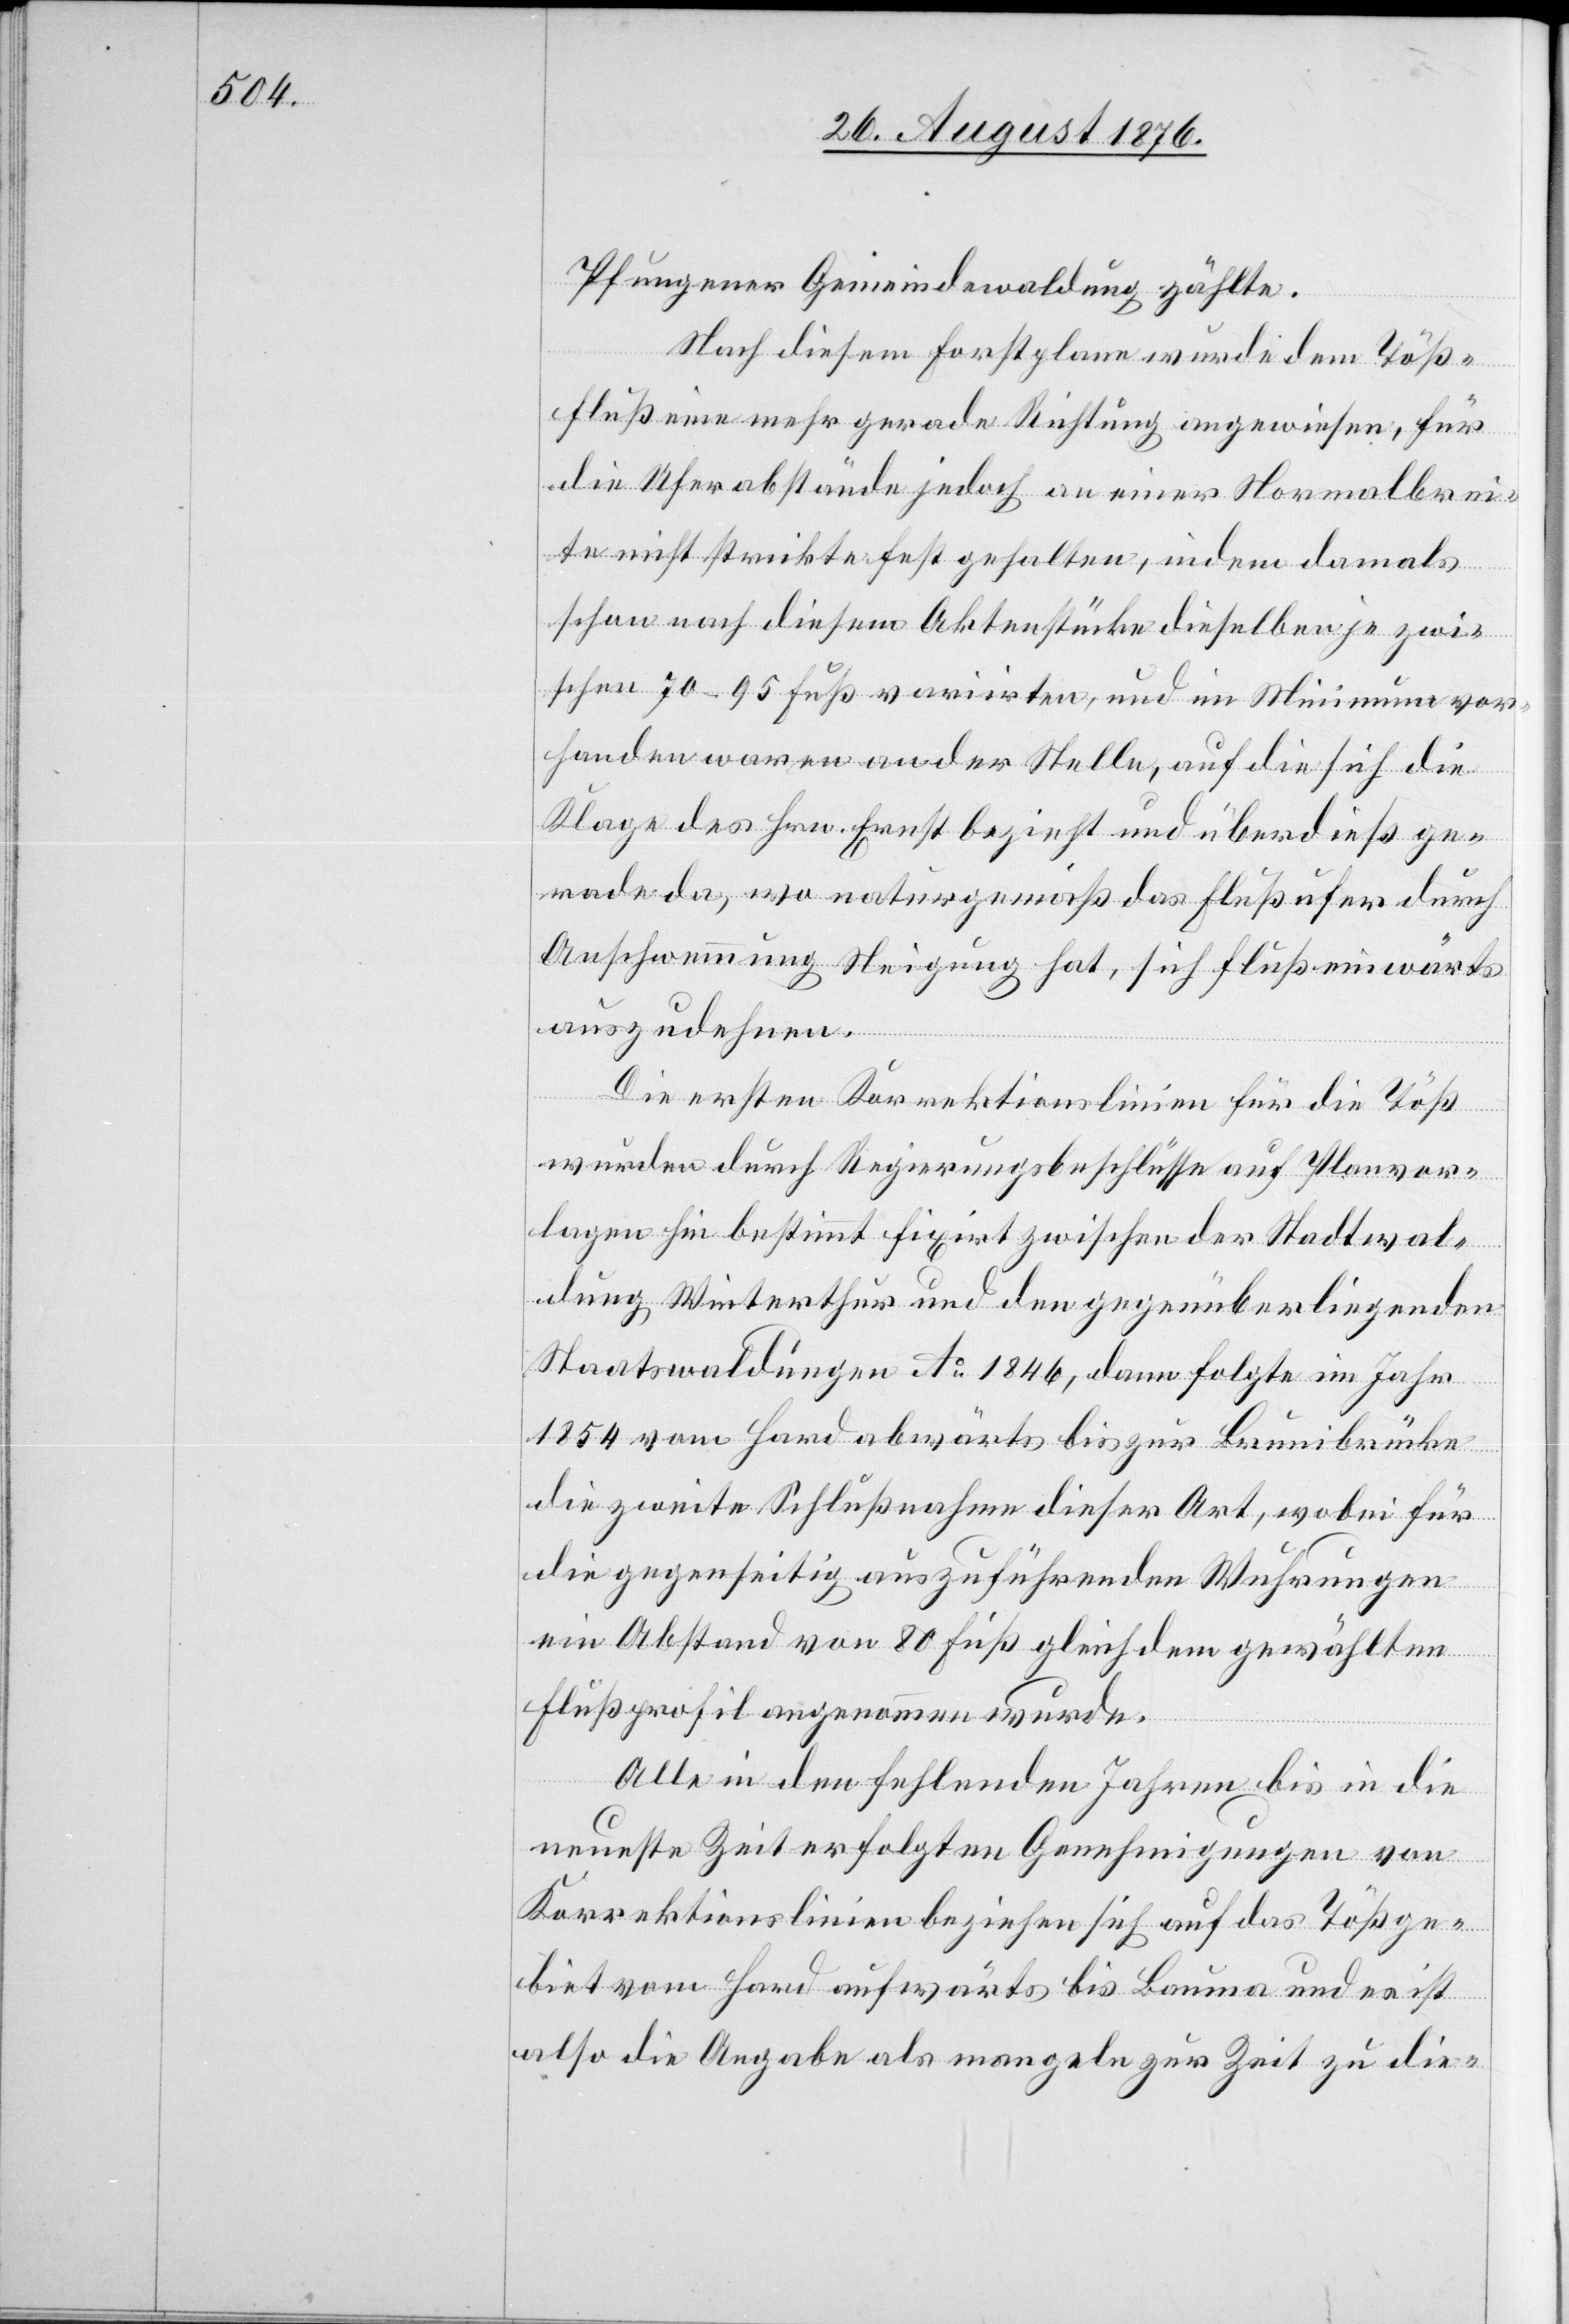
Pfungener Gemeindewaldung zählte.
Nach diesem Forstplane wurde dem Töß¬
fluß eine mehr gerade Richtung angewiesen, für
die Uferabstände jedoch an einer Normalbrei¬
te nicht strickte festgehalten, indem damals
schon nach diesem Aktenstücke dieselben je zwi¬
schen 70–95 Fuß variirten, und im Minimum vor¬
handen waren an de Stelle, auf die sich die
Klage des Hrn. Ernst bezieht und überdieß ge¬
rade da, wo naturgemäß das Flußufer durch
Anschwemmung Neigung hat, sich Flußeinwärts
auszudehnen
Die ersten Korrektionslinien für die Töß
wurden durch Regierungsbeschlüsse auf Planvor¬
lagen hin bestimmt fixirt zwischen der Stadtwal¬
dung Winterthur und den gegenüberliegenden
Staatswaldungen Ao 1846, dann folgte im Jahr.
1854 vom Hard abwärts bis zur Brunibrücke
die zweite Schlußnahme dieser Art, wobei für
die gegenseitig auszuführenden Wuhrungen
ein Abstand von 80 Fuß gleich dem gewählten
Flußprofil angenommen wurde.
Alle in den fehlenden Jahren bis in die
neueste Zeit erfolgten Genehmigungen von
Korrektionslinien beziehen sich auf das Tößge¬
biet vom Hard aufwärts bis Bauma und es ist
also die Angabe als mangeln zur Zeit zu die-